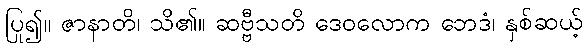
ပြု၍။ ဇာနာတိ၊ သိ၏။ ဆဗ္ဗီသတိ ဒေဝလောက ဘေဒံ၊ နှစ်ဆယ့်